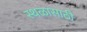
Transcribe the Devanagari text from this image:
स्थळासाठी